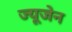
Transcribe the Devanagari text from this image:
ज्यूजेन